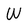
Character: W